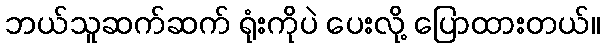
ဘယ်သူဆက်ဆက် ရုံးကိုပဲ ပေးလို့ ပြောထားတယ်။